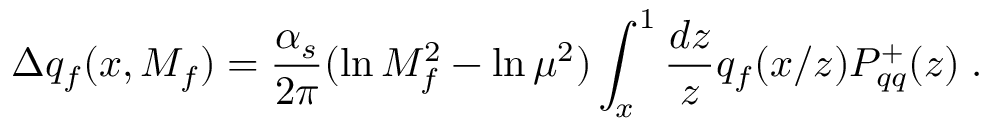
\Delta q _ { f } ( x , M _ { f } ) = { \frac { \alpha _ { s } } { 2 \pi } } ( \ln M _ { f } ^ { 2 } - \ln \mu ^ { 2 } ) \int _ { x } ^ { 1 } { \frac { d z } { z } } q _ { f } ( x / z ) P _ { q q } ^ { + } ( z ) \; .